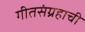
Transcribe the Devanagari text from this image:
गीतसंग्रहाची